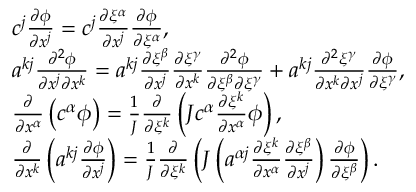
\begin{array} { r l } & { c ^ { j } \frac { \partial \phi } { \partial x ^ { j } } = c ^ { j } \frac { \partial \xi ^ { \alpha } } { \partial x ^ { j } } \frac { \partial \phi } { \partial \xi ^ { \alpha } } , } \\ & { a ^ { k j } \frac { \partial ^ { 2 } \phi } { \partial x ^ { j } \partial x ^ { k } } = a ^ { k j } \frac { \partial \xi ^ { \beta } } { \partial x ^ { j } } \frac { \partial \xi ^ { \gamma } } { \partial x ^ { k } } \frac { \partial ^ { 2 } \phi } { \partial \xi ^ { \beta } \partial \xi ^ { \gamma } } + a ^ { k j } \frac { \partial ^ { 2 } \xi ^ { \gamma } } { \partial x ^ { k } \partial x ^ { j } } \frac { \partial \phi } { \partial \xi ^ { \gamma } } , } \\ & { \frac { \partial } { \partial x ^ { \alpha } } \left( c ^ { \alpha } \phi \right) = \frac { 1 } { J } \frac { \partial } { \partial \xi ^ { k } } \left( J c ^ { \alpha } \frac { \partial \xi ^ { k } } { \partial x ^ { \alpha } } \phi \right) , } \\ & { \frac { \partial } { \partial x ^ { k } } \left( a ^ { k j } \frac { \partial \phi } { \partial x ^ { j } } \right) = \frac { 1 } { J } \frac { \partial } { \partial \xi ^ { k } } \left( J \left( a ^ { \alpha j } \frac { \partial \xi ^ { k } } { \partial x ^ { \alpha } } \frac { \partial \xi ^ { \beta } } { \partial x ^ { j } } \right) \frac { \partial \phi } { \partial \xi ^ { \beta } } \right) . } \end{array}